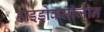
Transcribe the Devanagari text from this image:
हाइड्रोक्सीजीन